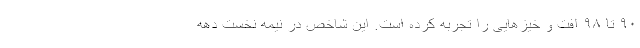
٩٠ تا ٩٨ افت و خیزهایی را تجربه کرده است. این شاخص در نیمه نخست دهه